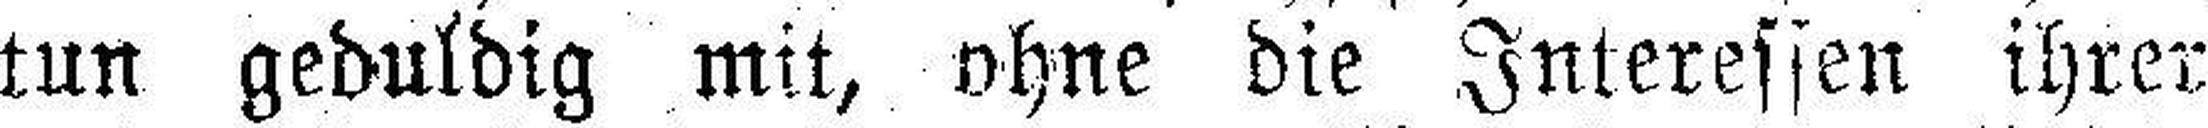
tun geduldig mit, ohne die Interessen ihrer